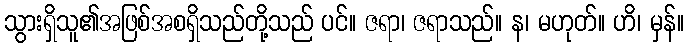
သွားရှိသူ၏အဖြစ်အစရှိသည်တို့သည် ပင်။ ဇရာ၊ ဇရာသည်။ န၊ မဟုတ်။ ဟိ၊ မှန်။